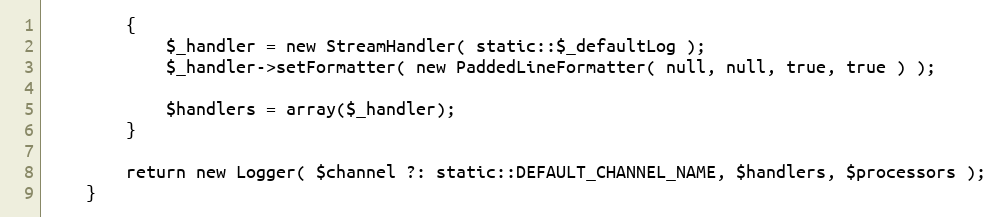
Language: PHP
        {
            $_handler = new StreamHandler( static::$_defaultLog );
            $_handler->setFormatter( new PaddedLineFormatter( null, null, true, true ) );

            $handlers = array($_handler);
        }

        return new Logger( $channel ?: static::DEFAULT_CHANNEL_NAME, $handlers, $processors );
    }